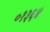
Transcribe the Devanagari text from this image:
०१३६४